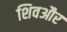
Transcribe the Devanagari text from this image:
शिवऔर